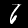
Label: 6